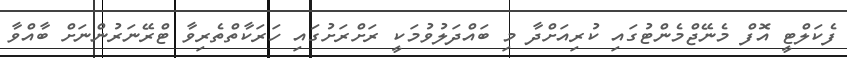
ފެކަލްޓީ އޮފް މެނޭޖްމެންޓުގައި ކުރިއަށްދާ މި ބައްދަލުވުމަކީ ރަށްރަށުގައި ހަރަކާތްތެރިވާ ޓްރޭނަރުންނަށް ބާއްވާ